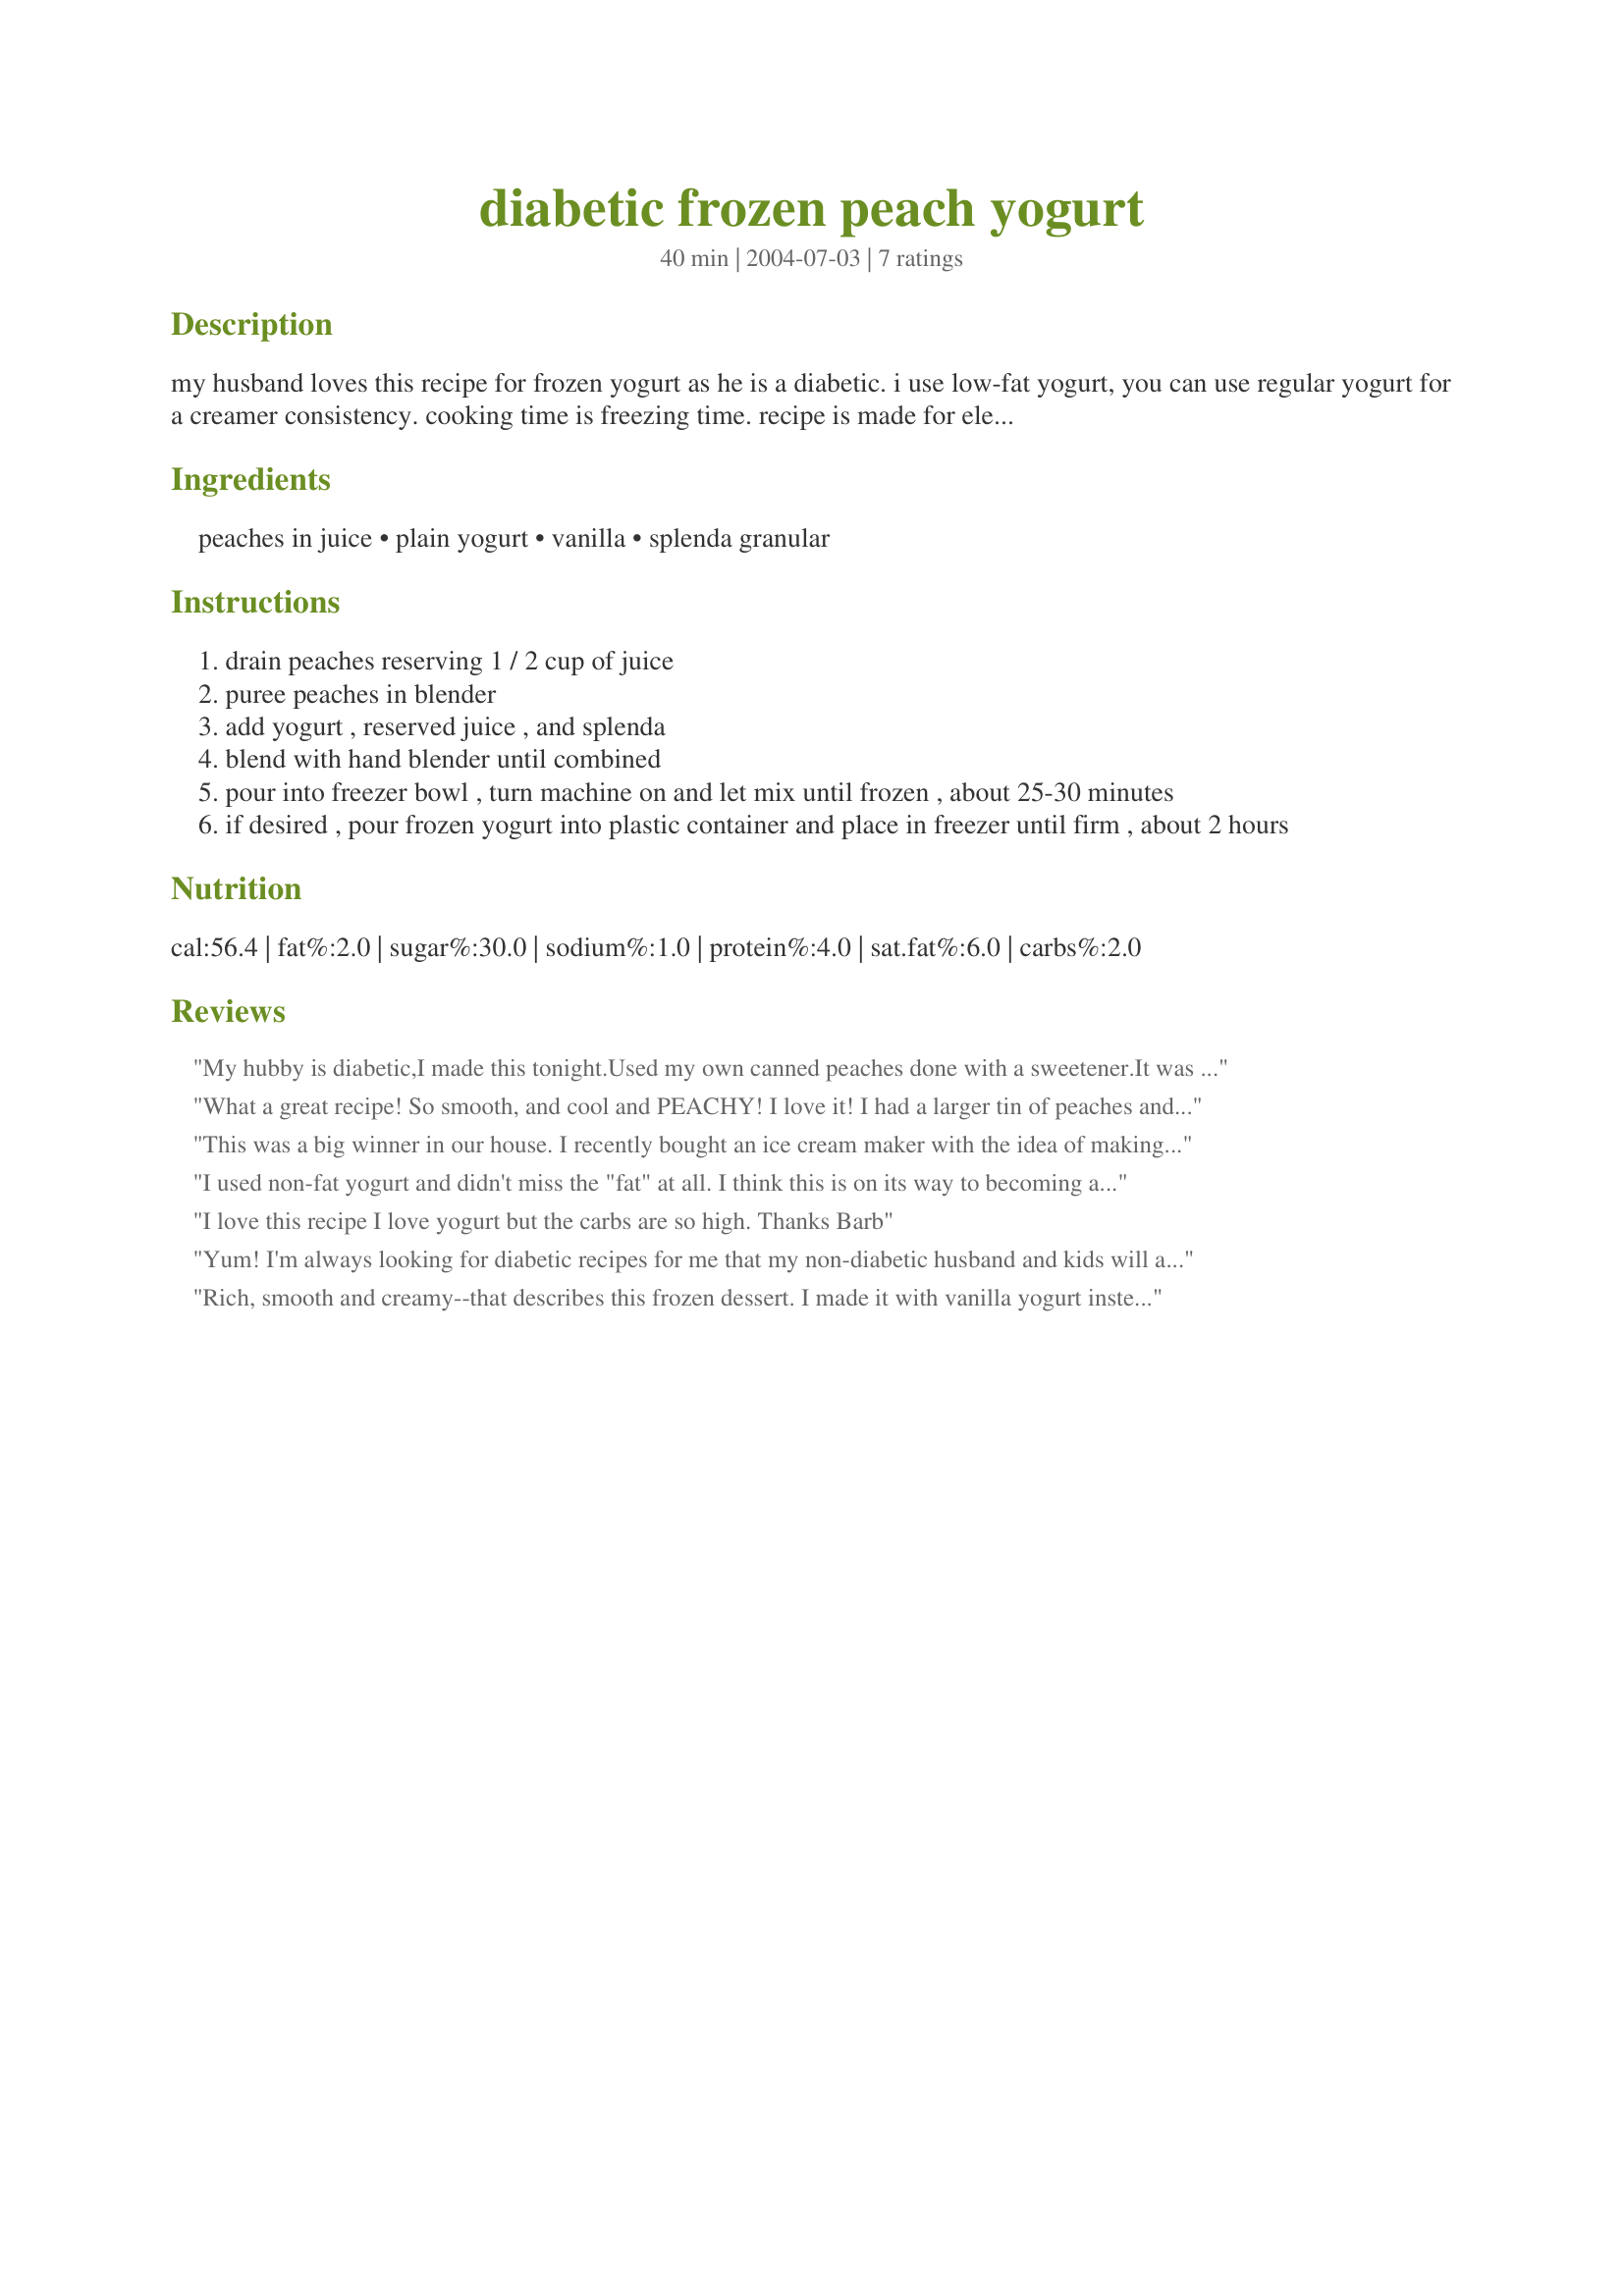
diabetic frozen peach yogurt
Preparation time: 40 minutes

my husband loves this recipe for frozen yogurt as he is a diabetic. i use low-fat yogurt, you can use regular yogurt for a creamer consistency. cooking time is freezing time. recipe is made for electric ice cream freezer.

Ingredients:
peaches in juice, plain yogurt, vanilla, splenda granular

Steps:
drain peaches reserving 1 / 2 cup of juice
puree peaches in blender
add yogurt , reserved juice , and splenda
blend with hand blender until combined
pour into freezer bowl , turn machine on and let mix until frozen , about 25-30 minutes
if desired , pour frozen yogurt into plastic container and place in freezer until firm , about 2 hours

Reviews:
My hubby is diabetic,I made this tonight.Used my own canned peaches done with a sweetener.It was so good,this will be our yogurt ice cream from now on.Can,t wait to try it with some other fresh fruit.
What a great recipe! So smooth, and cool and PEACHY! I love it! I had a larger tin of peaches and used the whole thing, instead of trying to figure out how much 14 oz was. I forgot to reserve the 1/2 cup of juice so I just left it out. I had Danone peach flavour sugar-free, fat-free yogurt so I used that instead of plain and just added Splenda to taste. It took about 40 minutes in my machine before the texture got really nice. It was a hot day here, so I chilled the yogurt and peaches in the freezer for an hour or so first. This one's a real WINNER! Even better, it's healthy, low fat/low calorie AND uses ingredients I usually have around anyway! Thanks for sharing it, Barb.
This was a big winner in our house. I recently bought an ice cream maker with the idea of making low fat frozen yogurt but so far I have had trouble getting the recipes to thicken up enough. There was no such problem with this recipe. Almost straight away it came together in the machine and only got better from there. I used low fat Greek yogurt but otherwise followed the recipe. I think the bit of vanilla makes the taste of the dish. It stops the fruit from being too sweet and adds a depth to the taste.
I used non-fat yogurt and didn't miss the "fat" at all. I think this is on its way to becoming a family staple! Excellent flavor and texture.
I love this recipe I love yogurt but the carbs are so high. Thanks Barb
Yum! I'm always looking for diabetic recipes for me that my non-diabetic husband and kids will also enjoy. This was a big hit! Try substituting a pint of fresh strawberries and 1/2 c. of orange juice for a delicious strawberry version and use non-gat Greek yogurt for extra protein. Looking forward to trying mango, blackberry and more!
Rich, smooth and creamy--that describes this frozen dessert. I made it with vanilla yogurt instead of the plain and decreased the Spelnda to 1/2 cup. DH is a diabetic and this is another wonderful dessert for him. Did not taste like a reduced sugar or diabetic dessert. Thanks for sharing this wonderful recipe.
